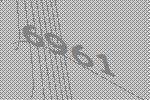
6961